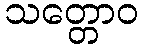
သတ္တောဝ